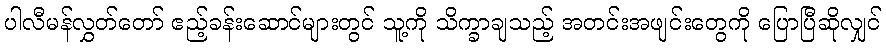
ပါလီမန်လွှတ်တော် ဧည့်ခန်းဆောင်များတွင် သူ့ကို သိက္ခာချသည့် အတင်းအဖျင်းတွေကို ပြောပြီဆိုလျှင်